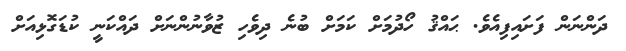
ދަންނަން ފަށައިފިއެވެ. ޙައްޤު ހޯދުމަށް ކަމަށް ބުނެ ދިވެހި ޒުވާނުންނަށް ދައްކަނީ ކުޑަގޮޅިއަށް